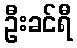
ဦးခင်ရီ